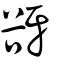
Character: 谺